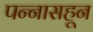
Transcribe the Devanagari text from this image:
पन्‍नासहून